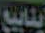
ينابيع